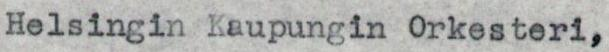
Helsingin Kaupungin Orkesteri,